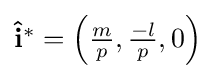
{\textstyle \mathbf {{\hat {i}}^{*}} =\left({\frac {m}{p}},{\frac {-l}{p}},0\right)}